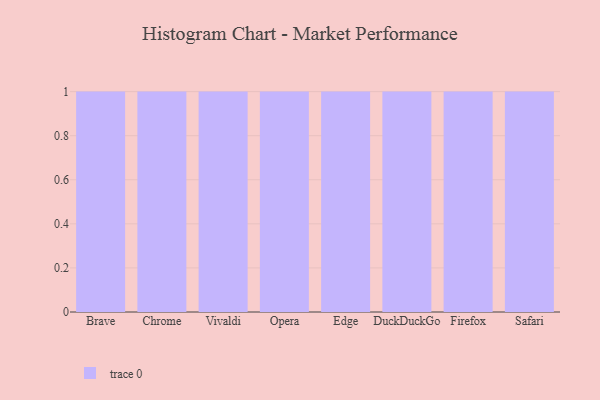
{"axis": {"x": "Browser", "y": "Bounce Rate (%)"}, "legend": [""], "data": [{"x": "Brave", "y": 56, "type": ""}, {"x": "Chrome", "y": 37, "type": ""}, {"x": "Vivaldi", "y": 75, "type": ""}, {"x": "Opera", "y": 35, "type": ""}, {"x": "Edge", "y": 76, "type": ""}, {"x": "DuckDuckGo", "y": 28, "type": ""}, {"x": "Firefox", "y": 27, "type": ""}, {"x": "Safari", "y": 14, "type": ""}]}